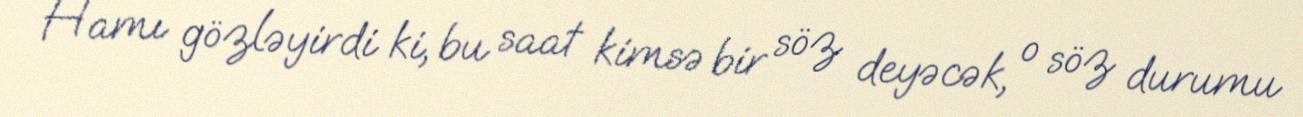
Hamı gözləyirdi ki, bu saat kimsə bir söz deyəcək, o söz durumu